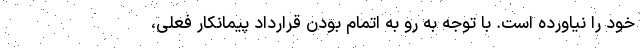
خود را نیاورده است. با توجه به رو به اتمام بودن قرارداد پیمانکار فعلی،